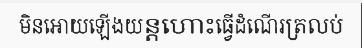
មិនអោយឡើងយន្តហោះធ្វើដំណើរត្រលប់